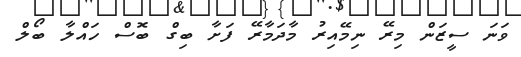
ވަނަ ސީޒަން މިރޭ ނިމޭއިރު މާދަމާރޭ ފަށާ ބިގް ބޮސް ހައްލާ ބޯލް